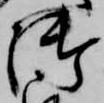
御